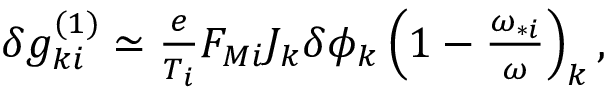
\begin{array} { r } { \delta g _ { k i } ^ { ( 1 ) } \simeq \frac { e } { T _ { i } } F _ { M i } J _ { k } \delta \phi _ { k } \left( 1 - \frac { \omega _ { * i } } { \omega } \right) _ { k } , } \end{array}